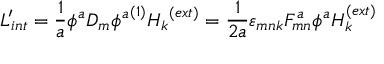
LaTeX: L _ { i n t } ^ { \prime } = \frac { 1 } { a } \phi ^ { a } D _ { m } { \phi ^ { a } } ^ { ( 1 ) } { H _ { k } } ^ { ( e x t ) } = \frac { 1 } { 2 a } \varepsilon _ { m n k } F _ { m n } ^ { a } \phi ^ { a } H _ { k } ^ { ( e x t ) }